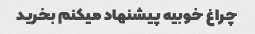
چراغ خوبیه پیشنهاد میکنم بخرید